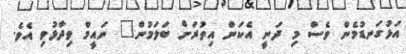
އަޅުގަނޑުމެން ވެސް މި ދަނީ އެކަން އިތުރަށް ބަލަމުން" ނައީމް ވިދާޅުވި އެވެ.